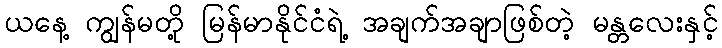
ယနေ့ ကျွန်မတို့ မြန်မာနိုင်ငံရဲ့ အချက်အချာဖြစ်တဲ့ မန္တလေးနှင့်